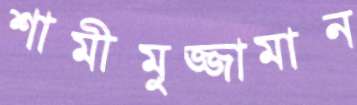
শামীমুজ্জামান